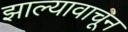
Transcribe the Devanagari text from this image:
झाल्यावाचून